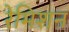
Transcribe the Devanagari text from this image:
रेमिशन